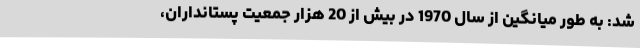
شد: به طور میانگین از سال 1970 در بیش از 20 هزار جمعیت پستانداران،